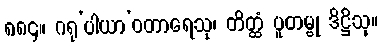
၈၈၄။ ဂရု’ပါယာ’ဝတာရေသု၊ တိတ္ထံ ပူတမ္ဗု ဒိဋ္ဌိသု။